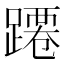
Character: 蹮